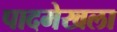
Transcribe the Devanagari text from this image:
पादमेखला